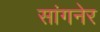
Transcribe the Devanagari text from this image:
सांगनेर